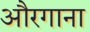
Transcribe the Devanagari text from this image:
औरगाना